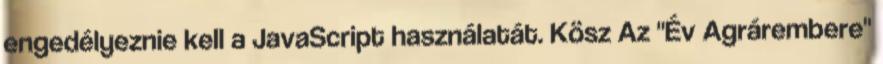
engedélyeznie kell a JavaScript használatát. Kösz Az "Év Agrárembere"